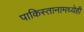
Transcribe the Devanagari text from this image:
पाकिस्तानामध्येही